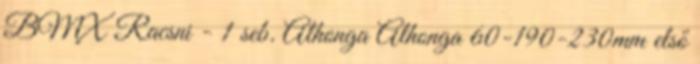
BMX Racsni - 1 seb. Alhonga Alhonga 60-190-230mm első